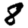
Digit: 8